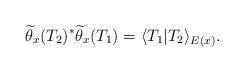
LaTeX: \begin{align*}\widetilde{\theta}_{x}(T_2)^{*}\widetilde{\theta}_{x}(T_1)=\langle T_1|T_2 \rangle_{E(x)}.\end{align*}